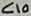
Text: C10